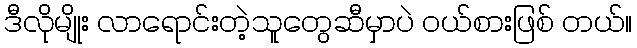
ဒီလိုမျိုး လာရောင်းတဲ့သူတွေဆီမှာပဲ ဝယ်စားဖြစ် တယ်။